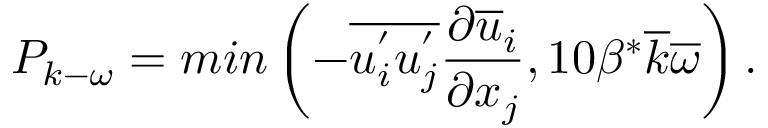
P _ { k - \omega } = m i n \left( - \overline { { u _ { i } ^ { ' } u _ { j } ^ { ' } } } \frac { \partial \overline { { u } } _ { i } } { \partial x _ { j } } , 1 0 \beta ^ { * } \overline { { k } } \overline { { \omega } } \right) .